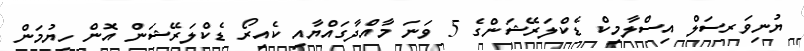
ޔުނިވަރސަލް އިސްލާމިކް ޑެކްލަރޭޝަންގެ 5 ވަނަ މާއްދާގައްޔާއި ކެއިރޯ ޑެކްލަރޭޝަން އޮން ހިޔުމަން